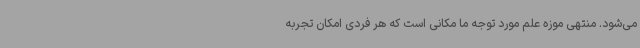
می‌شود. منتهی موزه علم مورد توجه ما مکانی است که هر فردی امکان تجربه